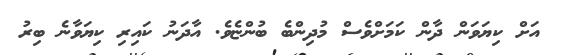
އަށް ކިޔަވަން ދާން ކަމަށްވެސް މުދިންބެ ބުންޏެވެ. އާދަނު ކައިރި ކިޔަވާނެ ބިރު